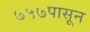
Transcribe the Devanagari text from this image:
७५७पासून